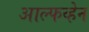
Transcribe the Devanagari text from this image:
आल्फव्हेन